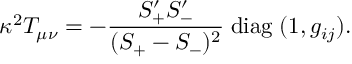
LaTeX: \kappa ^ { 2 } T _ { \mu \nu } = - \frac { S _ { + } ^ { \prime } S _ { - } ^ { \prime } } { ( S _ { + } - S _ { - } ) ^ { 2 } } \; \mathrm { d i a g } \; ( 1 , g _ { i j } ) .